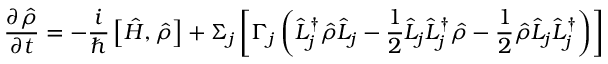
\frac { \partial \hat { \rho } } { \partial t } = - \frac { i } { \hbar } \left[ \hat { H } , \hat { \rho } \right] + \Sigma _ { j } \left[ \Gamma _ { j } \left( \hat { L } _ { j } ^ { \dagger } \hat { \rho } \hat { L } _ { j } - \frac { 1 } { 2 } \hat { L } _ { j } \hat { L } _ { j } ^ { \dagger } \hat { \rho } - \frac { 1 } { 2 } \hat { \rho } \hat { L } _ { j } \hat { L } _ { j } ^ { \dagger } \right) \right]